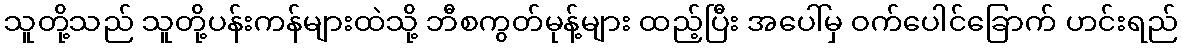
သူတို့သည် သူတို့ပန်းကန်များထဲသို့ ဘီစကွတ်မုန့်များ ထည့်ပြီး အပေါ်မှ ဝက်ပေါင်ခြောက် ဟင်းရည်